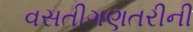
વસતીગણતરીની